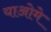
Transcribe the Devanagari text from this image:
याओमे